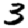
Digit: 3